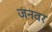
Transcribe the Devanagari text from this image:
जनवर